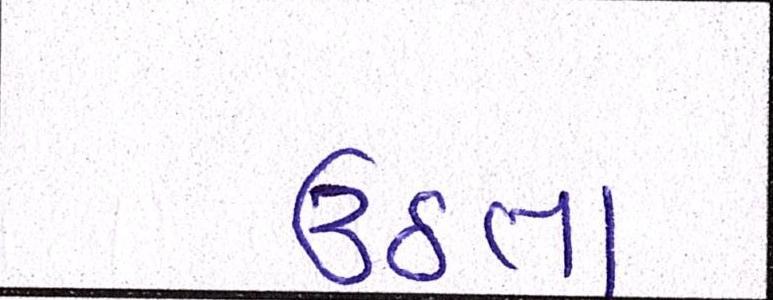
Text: ઉઠતાં